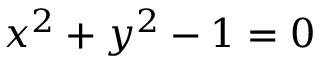
x ^ { 2 } + y ^ { 2 } - 1 = 0